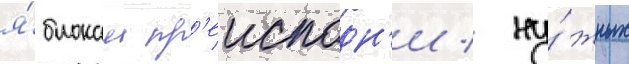
я́блокам пр'еисподн'и / ну́жных